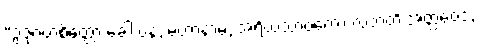
“ဥဇုဂတစိတ္တော ခေါ ပန, မဟာနာမ, အရိယသာဝကော လဘတိ အတ္ထဝေဒံ,